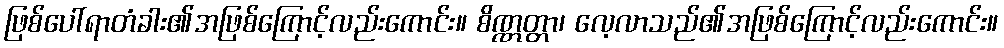
ဖြစ်ပေါ်ရာတံခါး၏အဖြစ်ကြောင့်လည်းကောင်း။ စိဏ္ဏတ္တာ၊ လေ့လာသည်၏အဖြစ်ကြောင့်လည်းကောင်း။